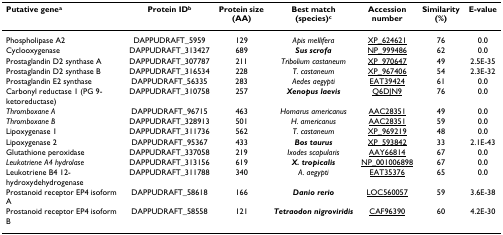
| Putative genea | Protein IDb | Protein size (AA) | Best match (species)c | Accessionnumber | Similarity (%) | E-value |
 | --- | --- | --- | --- | --- | --- | --- |
 | Phospholipase A2 | DAPPUDRAFT_5959 | 129 | Apis mellifera | XP_624621 | 76 | 0.0 |
 | Cyclooxygenase | DAPPUDRAFT_313427 | 689 | Sus scrofa | NP_999486 | 62 | 0.0 |
 | Prostaglandin D2 synthase A | DAPPUDRAFT_307787 | 211 | Tribolium castaneum | XP_970647 | 49 | 2.5E-35 |
 | Prostaglandin D2 synthase B | DAPPUDRAFT_316534 | 228 | T. castaneum | XP_967406 | 54 | 2.3E-32 |
 | Prostaglandin E2 synthase | DAPPUDRAFT_56335 | 283 | Aedes aegypti | EAT39424 | 61 | 0.0 |
 | Carbonyl reductase 1 (PG 9-ketoreductase) | DAPPUDRAFT_310758 | 257 | Xenopus laevis | Q6DJN9 | 76 | 0.0 |
 | Thromboxane A | DAPPUDRAFT_96715 | 463 | Homarus americanus | AAC28351 | 49 | 0.0 |
 | Thromboxane B | DAPPUDRAFT_328913 | 501 | H. americanus | AAC28351 | 59 | 0.0 |
 | Lipoxygenase 1 | DAPPUDRAFT_311736 | 562 | T. castaneum | XP_969219 | 48 | 0.0 |
 | Lipoxygenase 2 | DAPPUDRAFT_95367 | 433 | Bos taurus | XP_593842 | 33 | 2.1E-43 |
 | Glutathione peroxidase | DAPPUDRAFT_337058 | 219 | Ixodes scapularis | AAY66814 | 67 | 0.0 |
 | Leukotriene A4 hydrolase | DAPPUDRAFT_313156 | 619 | X. tropicalis | NP_001006898 | 67 | 0.0 |
 | Leukotriene B4 12-hydroxydehydrogenase | DAPPUDRAFT_311788 | 340 | A. aegypti | EAT35376 | 65 | 0.0 |
 | Prostanoid receptor EP4 isoform A | DAPPUDRAFT_58618 | 166 | Danio rerio | LOC560057 | 59 | 3.6E-38 |
 | Prostanoid receptor EP4 isoform B | DAPPUDRAFT_58558 | 121 | Tetraodon nigroviridis | CAF96390 | 60 | 4.2E-30 |